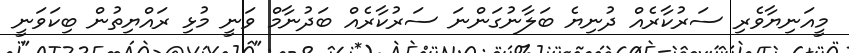
މީއަނިޔާވެރި ސަރުކާރެއް ދުނިޔެ ބަލާނުގަންނަ ސަރުކާރެއް ބަދުނާމް ވަނީ މުޅި ރައްޔިތުން ބިކަވަނީ